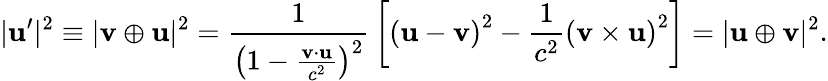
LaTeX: |\mathbf{u}^{\prime}|^{2}\equiv|\mathbf{v}\oplus\mathbf{u}|^{2}={\frac{1}{\left(1-{\frac{\mathbf{v}\cdot\mathbf{u}}{c^{2}}}\right)^{2}}}\left[\left(\mathbf{u}-\mathbf{v}\right)^{2}-{\frac{1}{c^{2}}}\left(\mathbf{v}\times\mathbf{u}\right)^{2}\right]=|\mathbf{u}\oplus\mathbf{v}|^{2}.